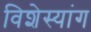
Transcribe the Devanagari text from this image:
विशेस्यांग